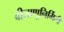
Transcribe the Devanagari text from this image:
बीजाणूनिर्मिती